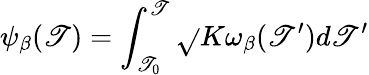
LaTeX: \psi_{\beta}(\mathscr{T})=\int_{\mathscr{T}_{0}}^{\mathscr{T}}\sqrt{}{{K}}\omega_{\beta}(\mathscr{T}^{\prime})d\mathscr{T}^{\prime}